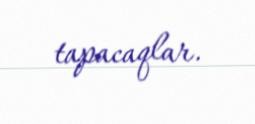
tapacaqlar.